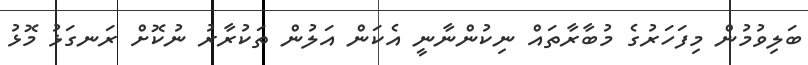
ބަލިވުމުން މިފަހަރުގެ މުބާރާތައް ނިކުންނާނީ އެކަން އަލުން ތަކުރާރު ނުކޮށް ރަނގަޅު މޮޅު